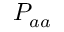
P _ { a a }